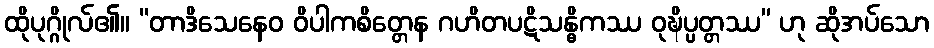
ထိုပုဂ္ဂိုလ်၏။ “တာဒိသေနေဝ ဝိပါကစိတ္တေန ဂဟိတပဋိသန္ဓိကဿ ဝုဍ္ဎိပ္ပတ္တဿ” ဟု ဆိုအပ်သော